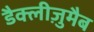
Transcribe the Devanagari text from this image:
डैक्लीज़ुमैब